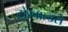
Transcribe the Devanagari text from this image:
टोरवाल्डस